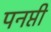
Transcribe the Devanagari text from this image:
पनप्ती